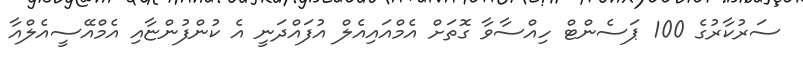
ސަރުކާރުގެ 100 ޕަސެންޓް ހިއްސާވާ ގޮތަށް އެމްއައިއެލް އުފައްދަނީ އެ ކުންފުންޏާއި އެމްއޭސީއެލްއާ